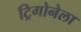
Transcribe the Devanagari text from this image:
ट्रिगोनेला